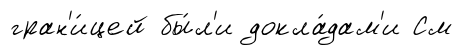
гран'и́цей бы́л'и докла́дам'и См